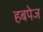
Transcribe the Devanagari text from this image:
हबपेज